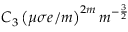
C _ { 3 } \left( \mu \sigma e / m \right) ^ { 2 m } m ^ { - \frac { 3 } { 2 } }